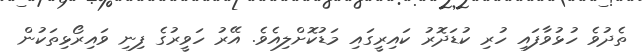
ތެދުވެ ހުޅުވާފައި ހުރި ކުޑަދޮރު ކައިރީގައި މަޑުކޮށްލިއެވެ. އޭރު ހަވީރުގެ ފިނި ވައިރޯޅިތަކުން